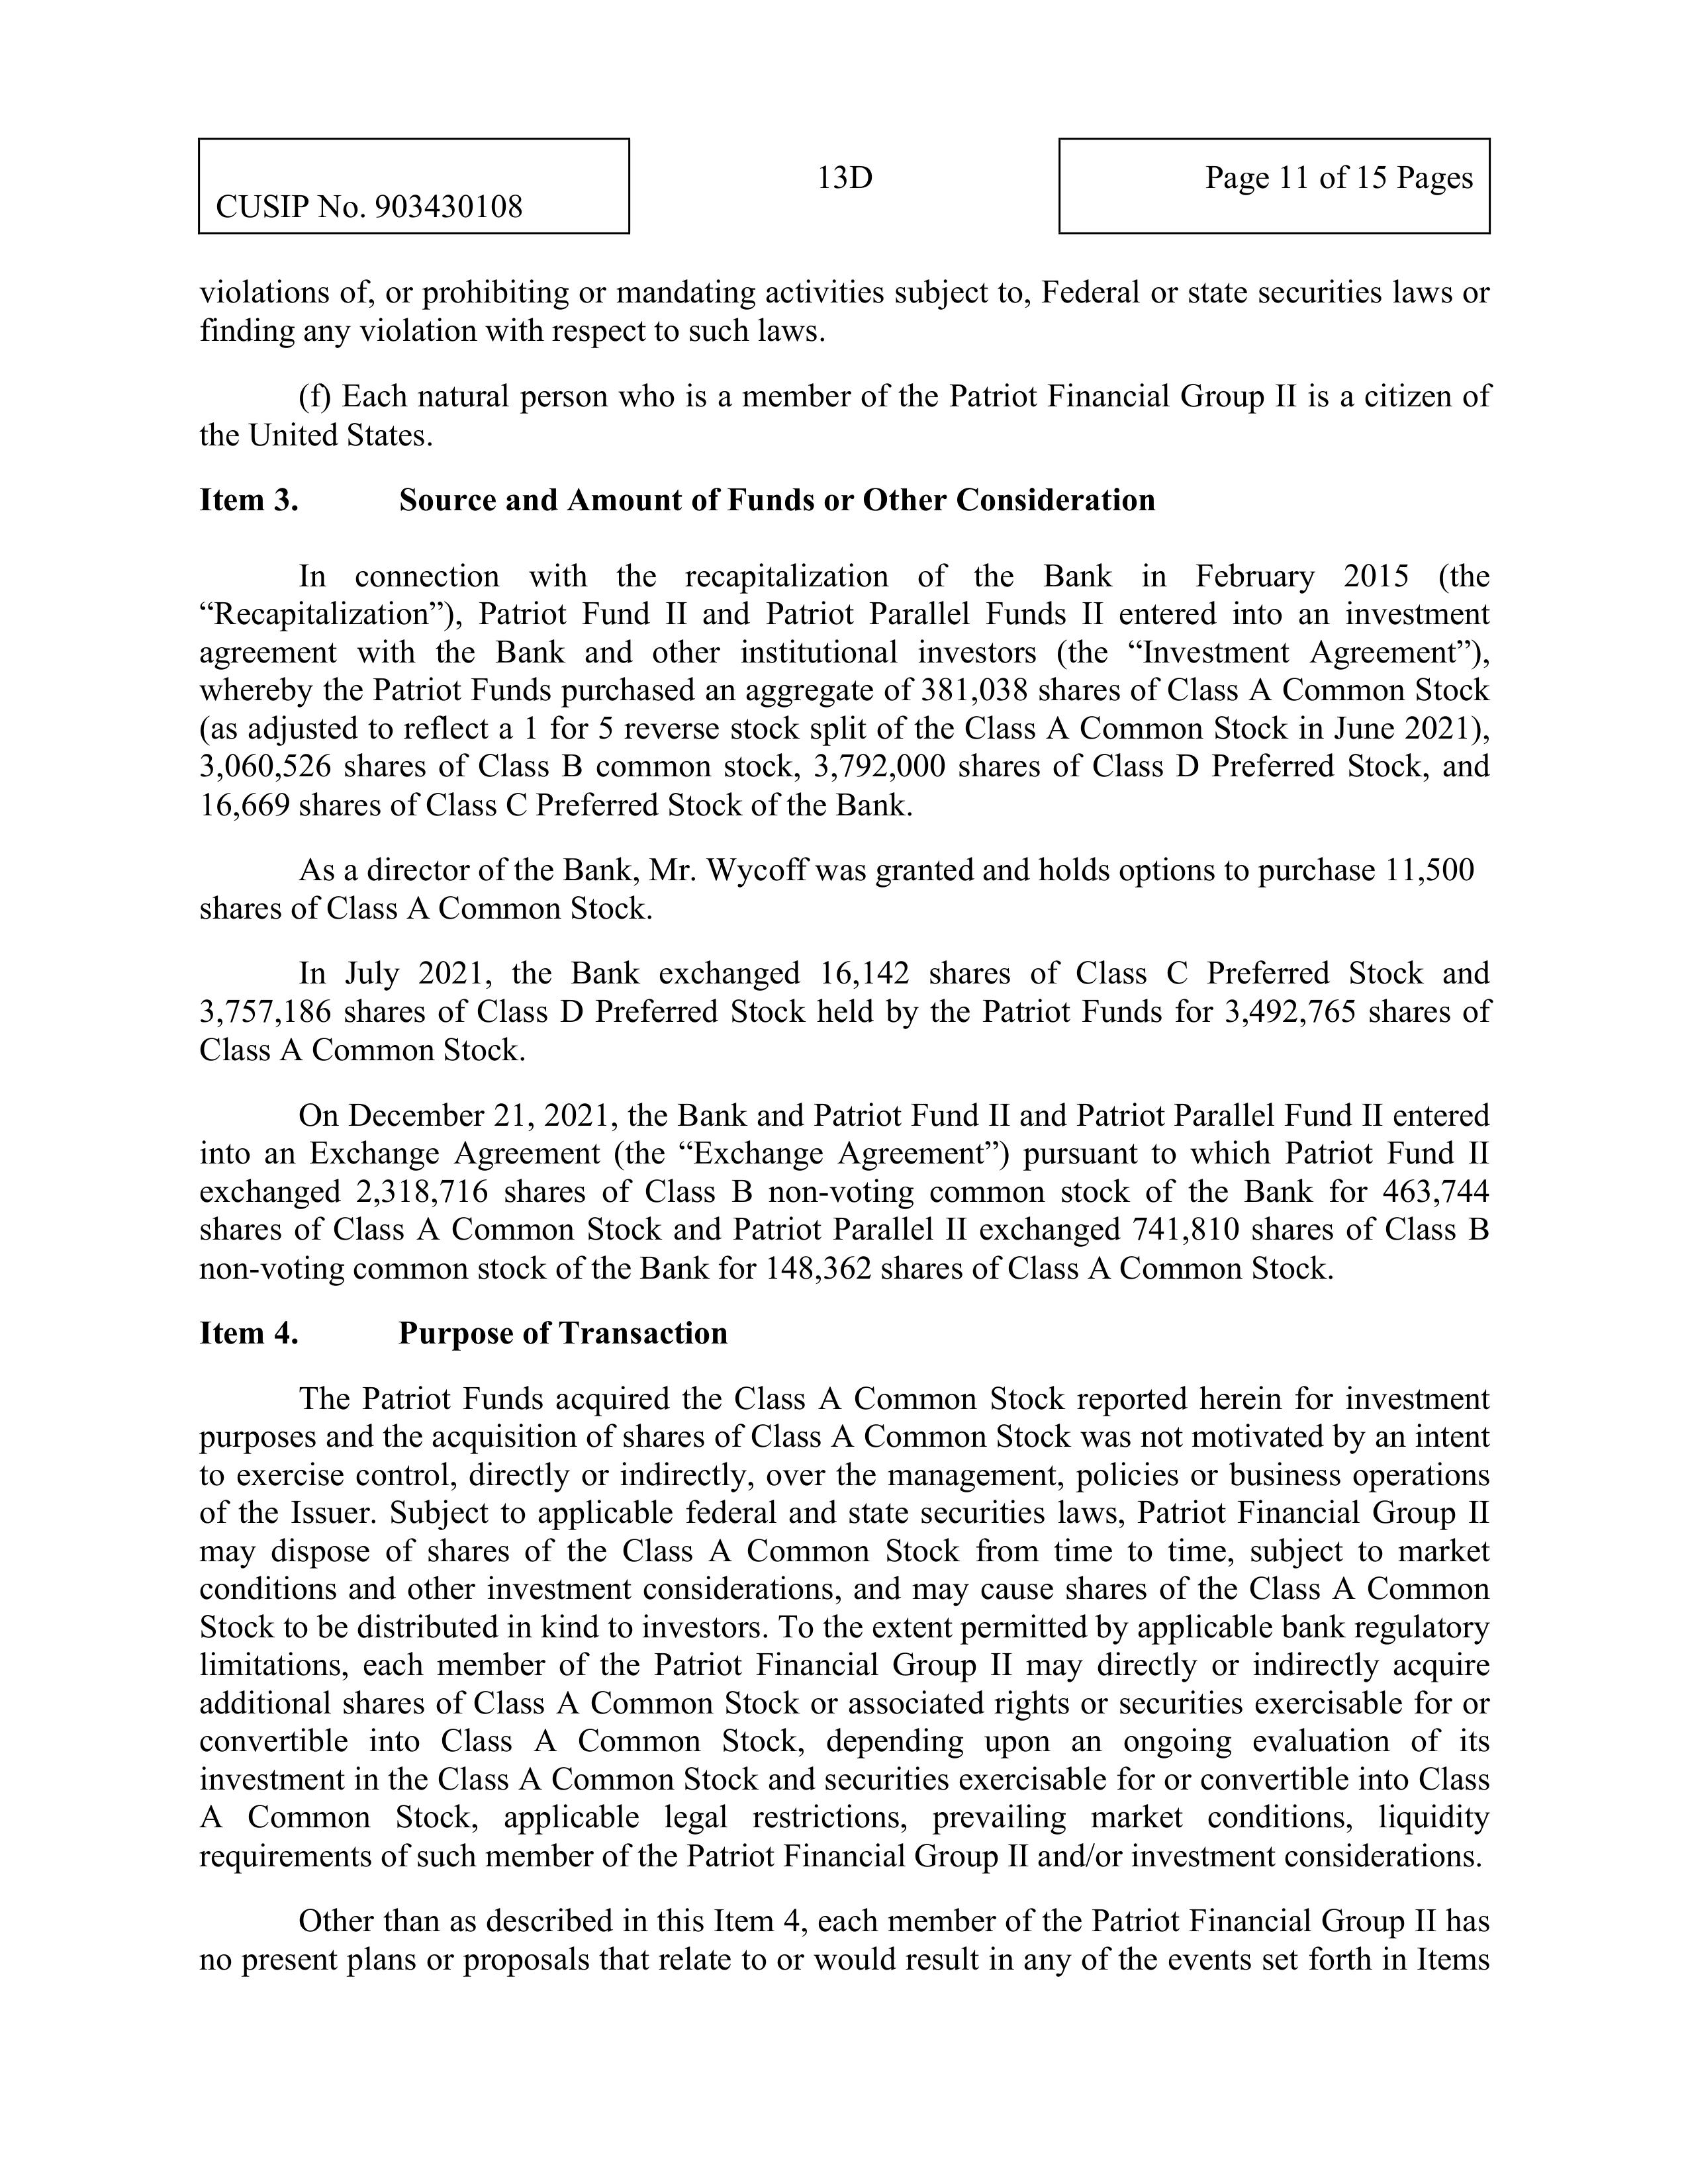
CUSIP No. 903430108                                 13D                                    Page 11 of 15 Pages

violations of, or prohibiting or mandating activities subject to, Federal or state securities laws or
finding any violation with respect to such laws.

(f) Each natural person who is a member of the Patriot Financial Group II is a citizen of
the United States.

Item 3.           Source and Amount of Funds or Other Consideration

In connection with the recapitalization of the Bank in February 2015 (the
“Recapitalization”), Patriot Fund II and Patriot Parallel Funds II entered into an investment
agreement with the Bank and other institutional investors (the “Investment Agreement”),
whereby the Patriot Funds purchased an aggregate of 381,038 shares of Class A Common Stock
(as adjusted to reflect a 1 for 5 reverse stock split of the Class A Common Stock in June 2021),
3,060,526 shares of Class B common stock, 3,792,000 shares of Class D Preferred Stock, and
16,669 shares of Class C Preferred Stock of the Bank.

As a director of the Bank, Mr. Wycoff was granted and holds options to purchase 11,500
shares of Class A Common Stock.

In July 2021, the Bank exchanged 16,142 shares of Class C Preferred Stock and
3,757,186 shares of Class D Preferred Stock held by the Patriot Funds for 3,492,765 shares of
Class A Common Stock.

On December 21, 2021, the Bank and Patriot Fund II and Patriot Parallel Fund II entered
into an Exchange Agreement (the “Exchange Agreement”) pursuant to which Patriot Fund II
exchanged 2,318,716 shares of Class B non-voting common stock of the Bank for 463,744
shares of Class A Common Stock and Patriot Parallel Fund II exchanged 741,810 shares of Class B
non-voting common stock of the Bank for 148,362 shares of Class A Common Stock.

Item 4.           Purpose of Transaction

The Patriot Funds acquired the Class A Common Stock reported herein for investment
purposes and the acquisition of shares of Class A Common Stock was not motivated by an intent
to exercise control, directly or indirectly, over the management, policies or business operations
of the Issuer. Subject to applicable federal and state securities laws, Patriot Financial Group II
may dispose of shares of the Class A Common Stock from time to time, subject to market
conditions and other investment considerations, and may cause shares of the Class A Common
Stock to be distributed in kind to investors. To the extent permitted by applicable bank regulatory
limitations, each member of the Patriot Financial Group II may directly or indirectly acquire
additional shares of Class A Common Stock or associated rights or securities exercisable for or
convertible into Class A Common Stock, depending upon an ongoing evaluation of its
investment in the Class A Common Stock and securities exercisable for or convertible into Class
A Common Stock, applicable legal restrictions, prevailing market conditions, liquidity
requirements of such member of the Patriot Financial Group II and/or investment considerations.

Other than as described in this Item 4, each member of the Patriot Financial Group II has
no present plans or proposals that relate to or would result in any of the events set forth in Items